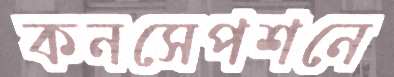
কনসেপশনে